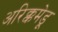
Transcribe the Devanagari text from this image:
अरिक्कमेडू